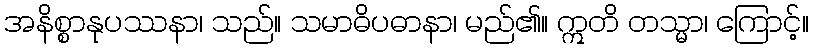
အနိစ္စာနုပဿနာ၊ သည်။ သမာဓိပဓာနာ၊ မည်၏။ ဣတိ တသ္မာ၊ ကြောင့်။